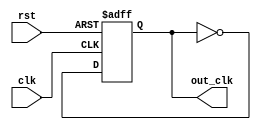
module frequency_divider_by2 ( clk ,rst,out_clk );
	output reg out_clk;
	input clk ;
	input rst;
	always @(posedge clk or posedge rst)
	begin
		if (rst)
			out_clk <= 1'b0;
		else
			out_clk <= ~out_clk;	
	end
endmodule